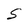
Character: S